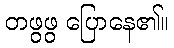
တဖွဖွ ပြောနေ၏။